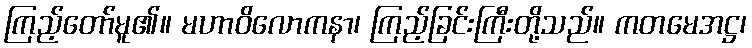
ကြည့်တော်မူ၏။ မဟာဝိလောကနာ၊ ကြည့်ခြင်းကြီးတို့သည်။ ကတမေအဋ္ဌ၊